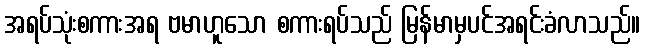
အရပ်သုံးစကားအရ ဗမာဟူသော စကားရပ်သည် မြန်မာမှပင်အရင်းခံလာသည်။